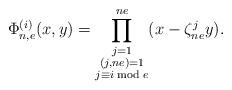
LaTeX: \begin{align*} \Phi_{n,e}^{(i)}(x,y)=\prod^{ne}_{\substack{j=1 \\ (j,ne)=1\\ j\equiv i \bmod e}}(x-\zeta^j_{ne}y).\end{align*}